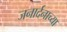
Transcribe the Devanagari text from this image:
जनार्दनाच्या